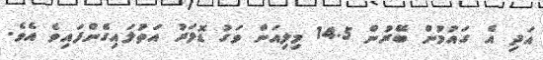
އަދި އެ ގައުމުން ބޭރުން 14.5 މިލިއަން ވަގު ޑޮލަރު އަތުލައިގެންފައިވެ އެވެ.